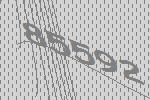
85592